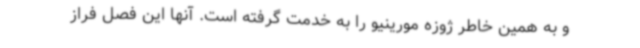
و به همین خاطر ژوزه مورینیو را به خدمت گرفته است. آنها این فصل فراز